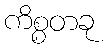
ကိစ္စတခု